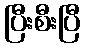
ပြီးစီးပြီ